Plague in India, 1896, 1897 - Volume 1
Year: 1896
Disease focus: Plague
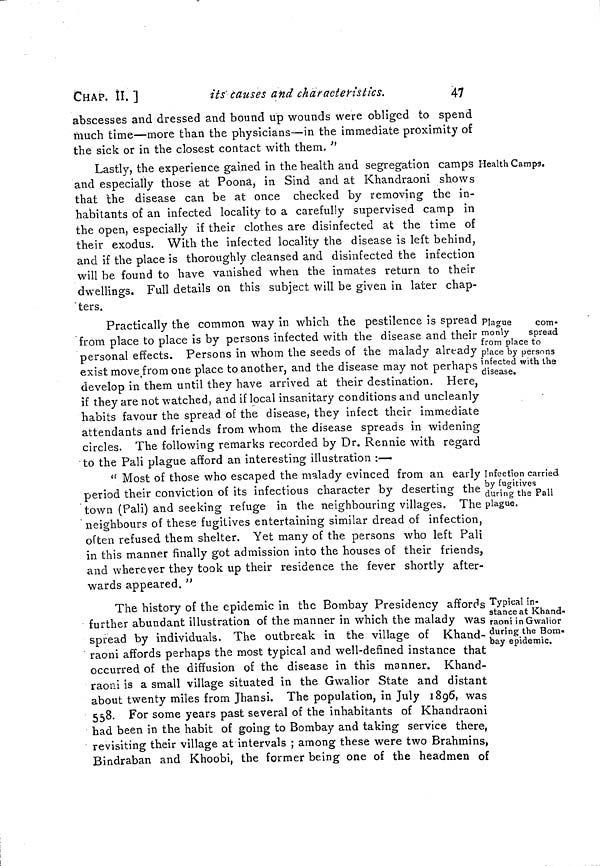
CHAP. II. ]
its' causes and characteristics.
47
abscesses and dressed and bound up wounds were obliged to spend
much time—more than the physicians—in the immediate proximity of
the sick or in the closest contact with them. "
Health Camps.
Lastly, the experience gained in the health and segregation camps
and especially those at Poona, in Sind and at Khandraoni shows
that the disease can be at once checked by removing the in-
habitants of an infected locality to a carefully supervised camp in
the open, especially if their clothes are disinfected at the time of
their exodus. With the infected locality the disease is left behind,
and if the place is thoroughly cleansed and disinfected the infection
will be found to have vanished when the inmates return to their
dwellings. Full details on this subject will be given in later chap-
'ters.
Plague
com-
monly
spread
from place to
place by persons
infected with the
disease.
Practically the common way in which the pestilence is spread
from place to place is by persons infected with the disease and their
personal effects. Persons in whom the seeds of the malady already
exist move from one place to another, and the disease may not perhaps
develop in them until they have arrived at their destination. Here,
if they are not watched, and if local insanitary conditions and uncleanly
habits favour the spread of the disease, they infect their immediate
attendants and friends from whom the disease spreads in widening
circles. The following remarks recorded by Dr. Rennie with regard
to the Pali plague afford an interesting illustration :—
Infection carried
by fugitives
during the Pali
plague.
" Most of those who escaped the malady evinced from an early
period their conviction of its infectious character by deserting the
town (Pali) and seeking refuge in the neighbouring villages. The
neighbours of these fugitives entertaining similar dread of infection,
often refused them shelter. Yet many of the persons who left Pali
in this manner finally got admission into the houses of their friends,
and wherever they took up their residence the fever shortly after-
wards appeared. "
Typical in-
stance at Khand-
raoni in Gwalior
during the Bom-
bay epidemic.
The history of the epidemic in the Bombay Presidency affords
further abundant illustration of the manner in which the malady was
spread by individuals. The outbreak in the village of Khand-
raoni affords perhaps the most typical and well-defined instance that
occurred of the diffusion of the disease in this manner. Khand-
raoni is a small village situated in the Gwalior State and distant
about twenty miles from Jhansi. The population, in July 1896, was
558. For some years past several of the inhabitants of Khandraoni
had been in the habit of going to Bombay and taking service there,
revisiting their village at intervals ; among these were two Brahmins,
Bindraban and Khoobi, the former being one of the headmen of